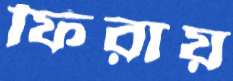
ফিরায়